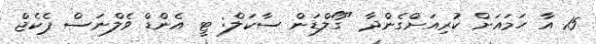
15 އާ ހަމައަށް ކުރިއަށްގެންދާ "ގޯލްޑަން ސާކަލް: ޓީ އެންޑް ވެލްނަސް ޕެކެޖް